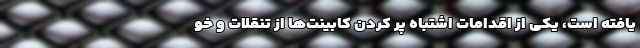
یافته است، یکی از اقدامات اشتباه پر کردن کابینت‌ها از تنقلات و خو